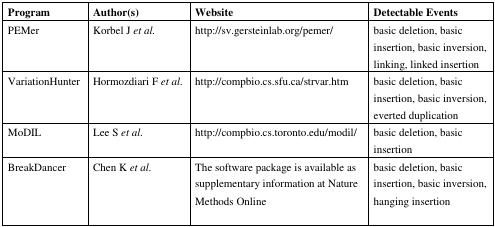
<table><thead><tr><td><b>Program </b></td><td><b>Author(s) </b></td><td><b>Website </b></td><td><b>Detectable Events </b></td></tr></thead><tbody><tr><td>PEMer</td><td>Korbel J Et, al.</td><td>http://sv.gersteinlab.org/pemer/</td><td>basic deletion, basic insertion, basic inversion, linking, linked insertion</td></tr><tr><td>VariationHunter </td><td>Hormozdiari F Et, al.</td><td>http://compbio.cs.sfu.ca/strvar.htm</td><td>basic deletion, basic insertion, basic inversion, everted duplication</td></tr><tr><td>MoDIL</td><td>Lee S Et, al.</td><td>http://compbio.cs.toronto.edu/modil/</td><td>basic deletion, basic insertion</td></tr><tr><td>BreakDancer</td><td>Chen K Et, al. </td><td>The software package is available as supplementary information at Nature Methods Online</td><td>basic deletion, basic insertion, basic inversion, hanging insertion</td></tr></tbody></table>